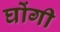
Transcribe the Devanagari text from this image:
घोंगी